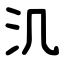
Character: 㲹